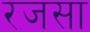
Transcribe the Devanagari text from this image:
रजसा